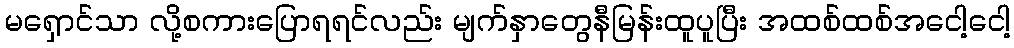
မရှောင်သာ လို့စကားပြောရရင်လည်း မျက်နှာတွေနီမြန်းထူပူပြီး အထစ်ထစ်အငေါ့ငေါ့